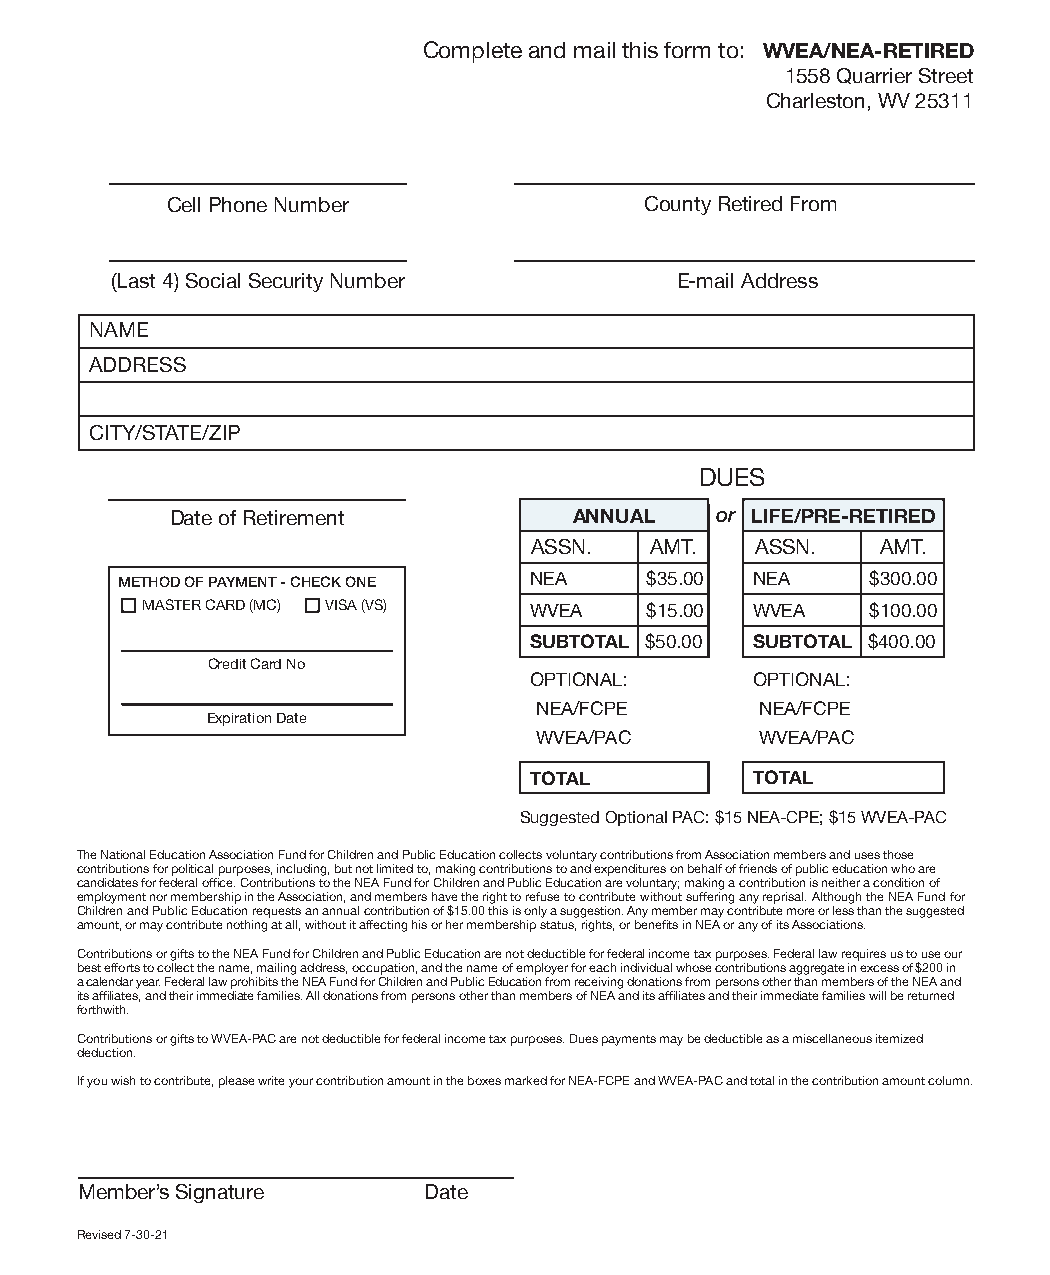
Complete and mail this form to: WVEA/NEA-RETIRED
 1558 Quarrier Street
 Charleston, WV 25311
 Cell Phone Number               County Retired From
 (Last 4) Social Security Number       E-mail Address
 NAME
 ADDRESS
 CITY/STATE/ZIP
 DUES
 Date of Retirement         ANNUAL   or LIFE/PRE-RETIRED
 ASSN.   AMT.   ASSN.   AMT.
 METHOD OF PAYMENT - CHECK ONE NEA  $35.00 NEA     $300.00
 MASTER CARD (MC) VISA (VS) WVEA   $15.00 WVEA    $100.00
 SUBTOTAL $50.00 SUBTOTAL $400.00
 Credit Card No
 OPTIONAL:      OPTIONAL:
 NEA/FCPE       NEA/FCPE
 Expiration Date
 WVEA/PAC       WVEA/PAC
 TOTAL          TOTAL
 Suggested Optional PAC: $15 NEA-CPE; $15 WVEA-PAC
 The National Education Association Fund for Children and Public Education collects voluntary contributions from Association members and uses those
 contributions for political purposes, including, but not limited to, making contributions to and expenditures on behalf of friends of public education who are
 candidates for federal office. Contributions to the NEA Fund for Children and Public Education are voluntary; making a contribution is neither a condition of
 employment nor membership in the Association, and members have the right to refuse to contribute without suffering any reprisal. Although the NEA Fund for
 Children and Public Education requests an annual contribution of $15.00 this is only a suggestion. Any member may contribute more or less than the suggested
 amount, or may contribute nothing at all, without it affecting his or her membership status, rights, or benefits in NEA or any of its Associations.
 Contributions or gifts to the NEA Fund for Children and Public Education are not deductible for federal income tax purposes. Federal law requires us to use our
 best efforts to collect the name, mailing address, occupation, and the name of employer for each individual whose contributions aggregate in excess of $200 in
 a calendar year. Federal law prohibits the NEA Fund for Children and Public Education from receiving donations from persons other than members of the NEA and
 its affiliates, and their immediate families. All donations from persons other than members of NEA and its affiliates and their immediate families will be returned
 forthwith.
 Contributions or gifts to WVEA-PAC are not deductible for federal income tax purposes. Dues payments may be deductible as a miscellaneous itemized
 deduction.
 If you wish to contribute, please write your contribution amount in the boxes marked for NEA-FCPE and WVEA-PAC and total in the contribution amount column.
 Member’s Signature     Date
 Revised 7-30-21